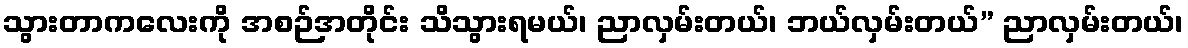
သွားတာကလေးကို အစဉ်အတိုင်း သိသွားရမယ်၊ ညာလှမ်းတယ်၊ ဘယ်လှမ်းတယ်” ညာလှမ်းတယ်၊